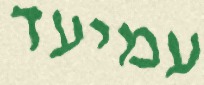
עמיעד